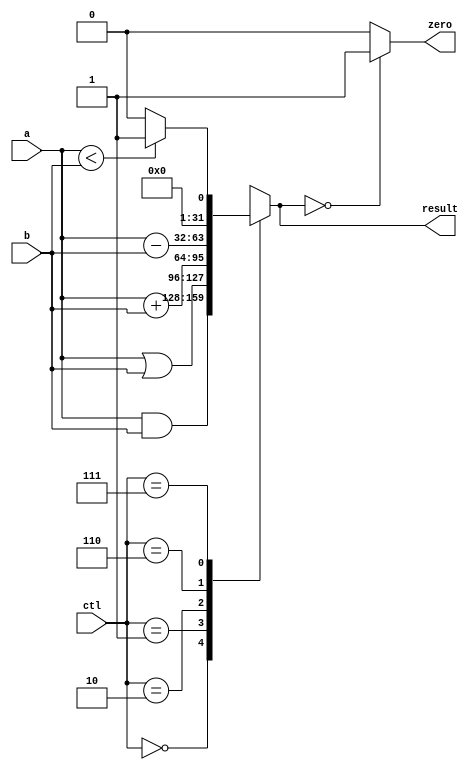
//-----------------------------------------------------------------------------
// Title         : ALU Behavioral Model
// Project       : ECE 313 - Computer Organization
//-----------------------------------------------------------------------------
// Organization  : Lafayette College
// 
//-----------------------------------------------------------------------------
// Description :
//   Behavioral model of the ALU used in the implementations of the MIPS processor
//   subset described in Ch. 5-6 of "Computer Organization and Design, 3rd ed."
//   by David Patterson & John Hennessey, Morgan Kaufmann, 2004 (COD3e).  
//
//   It implements the function specified on p. 301 of COD3e.
//
//-----------------------------------------------------------------------------

module alu(ctl, a, b, result, zero);
  input [2:0] ctl;
  input [31:0] a, b;
  output [31:0] result;
  output zero;

  reg [31:0] result;
  reg zero;

  always @(a or b or ctl)
  begin
    case (ctl)
      3'b000 : result = a & b; // AND
      3'b001 : result = a | b; // OR
      3'b010 : result = a + b; // ADD
      3'b110 : result = a - b; // SUBTRACT
      3'b111 : if (a < b) result = 32'd1; 
               else result = 32'd0; //SLT      
      default : result = 32'hxxxxxxxx;
   endcase
   if (result == 32'd0) zero = 1;
   else zero = 0;
 end
endmodule